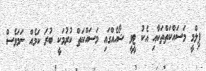
ފިލްމީ މަސައްކަތްތަކާއި އެކު ޓީވީ ޝޯއެއްގައި މަސައްކަތް ކުރުމަކީ ބުރަ ކަމެއް ނަމަވެސް